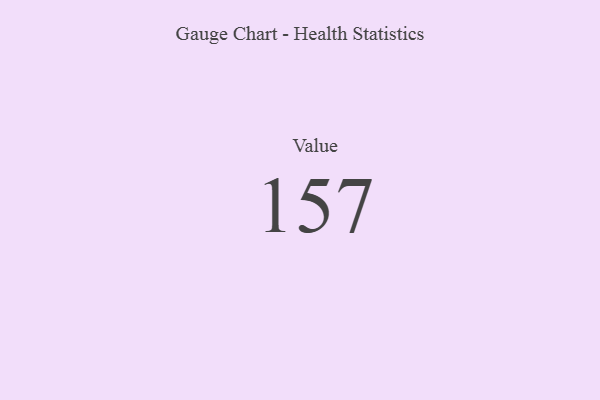
{"axis": {"x": "Metric", "y": "Value"}, "legend": [""], "data": [{"x": "Value", "y": 157, "type": ""}]}